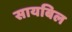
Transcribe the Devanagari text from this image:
सायबिल